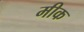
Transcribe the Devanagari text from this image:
मीक